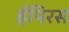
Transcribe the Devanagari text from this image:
ईपिरस